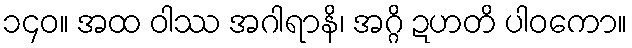
၁၄၀။ အထ ဝါဿ အဂါရာနိ၊ အဂ္ဂိ ဍဟတိ ပါဝကော။